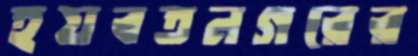
হয়বতনগরের